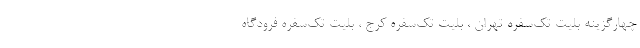
چهارگزینه بلیت تک‌سفره تهران ، بلیت تک‌سفره کرج ، بلیت تک‌سفره فرودگاه